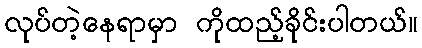
လုပ်တဲ့နေရာမှာ ကိုထည့်ခိုင်းပါတယ်။